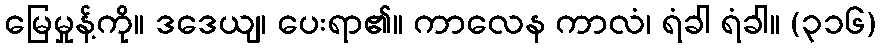
မြေမှုန့်ကို။ ဒဒေယျ၊ ပေးရာ၏။ ကာလေန ကာလံ၊ ရံခါ ရံခါ။ (၃၁၆)